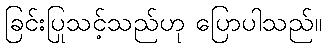
ခြင်းပြုသင့်သည်ဟု ပြောပါသည်။